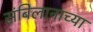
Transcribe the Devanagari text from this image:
संबिलानाच्या